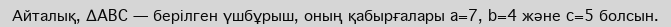
Айталық, ΔABC — берілген үшбұрыш, оның қабырғалары a=7, b=4 және c=5 болсын.